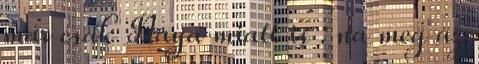
már csak Naya miatt is : na meg az